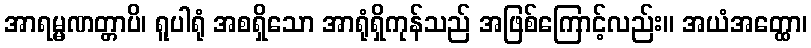
အာရမ္မဏတ္တာပိ၊ ရူပါရုံ အစရှိသော အာရုံရှိကုန်သည် အဖြစ်ကြောင့်လည်း။ အယံအတ္ထော၊